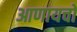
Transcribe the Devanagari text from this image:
आणायचो